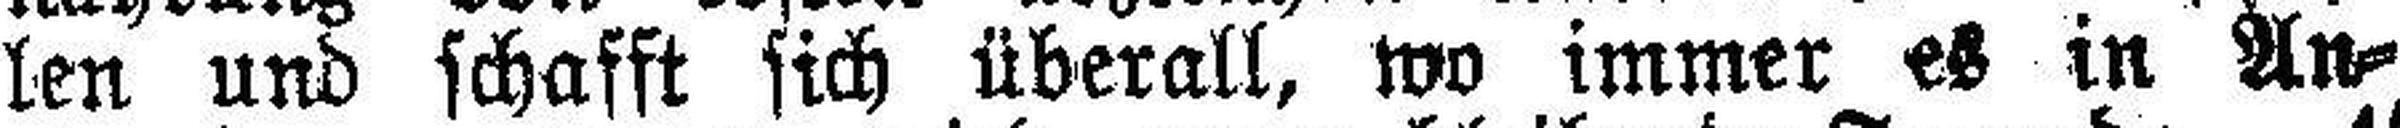
len und schafft sich überall, wo immer es in An¬